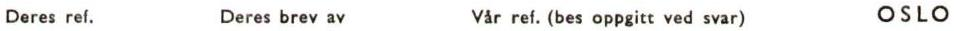
Deres ref. Deres brev av Vår ref. (bes oppgitt ved svar) OSLO